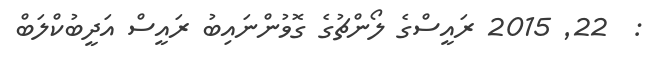
:  22